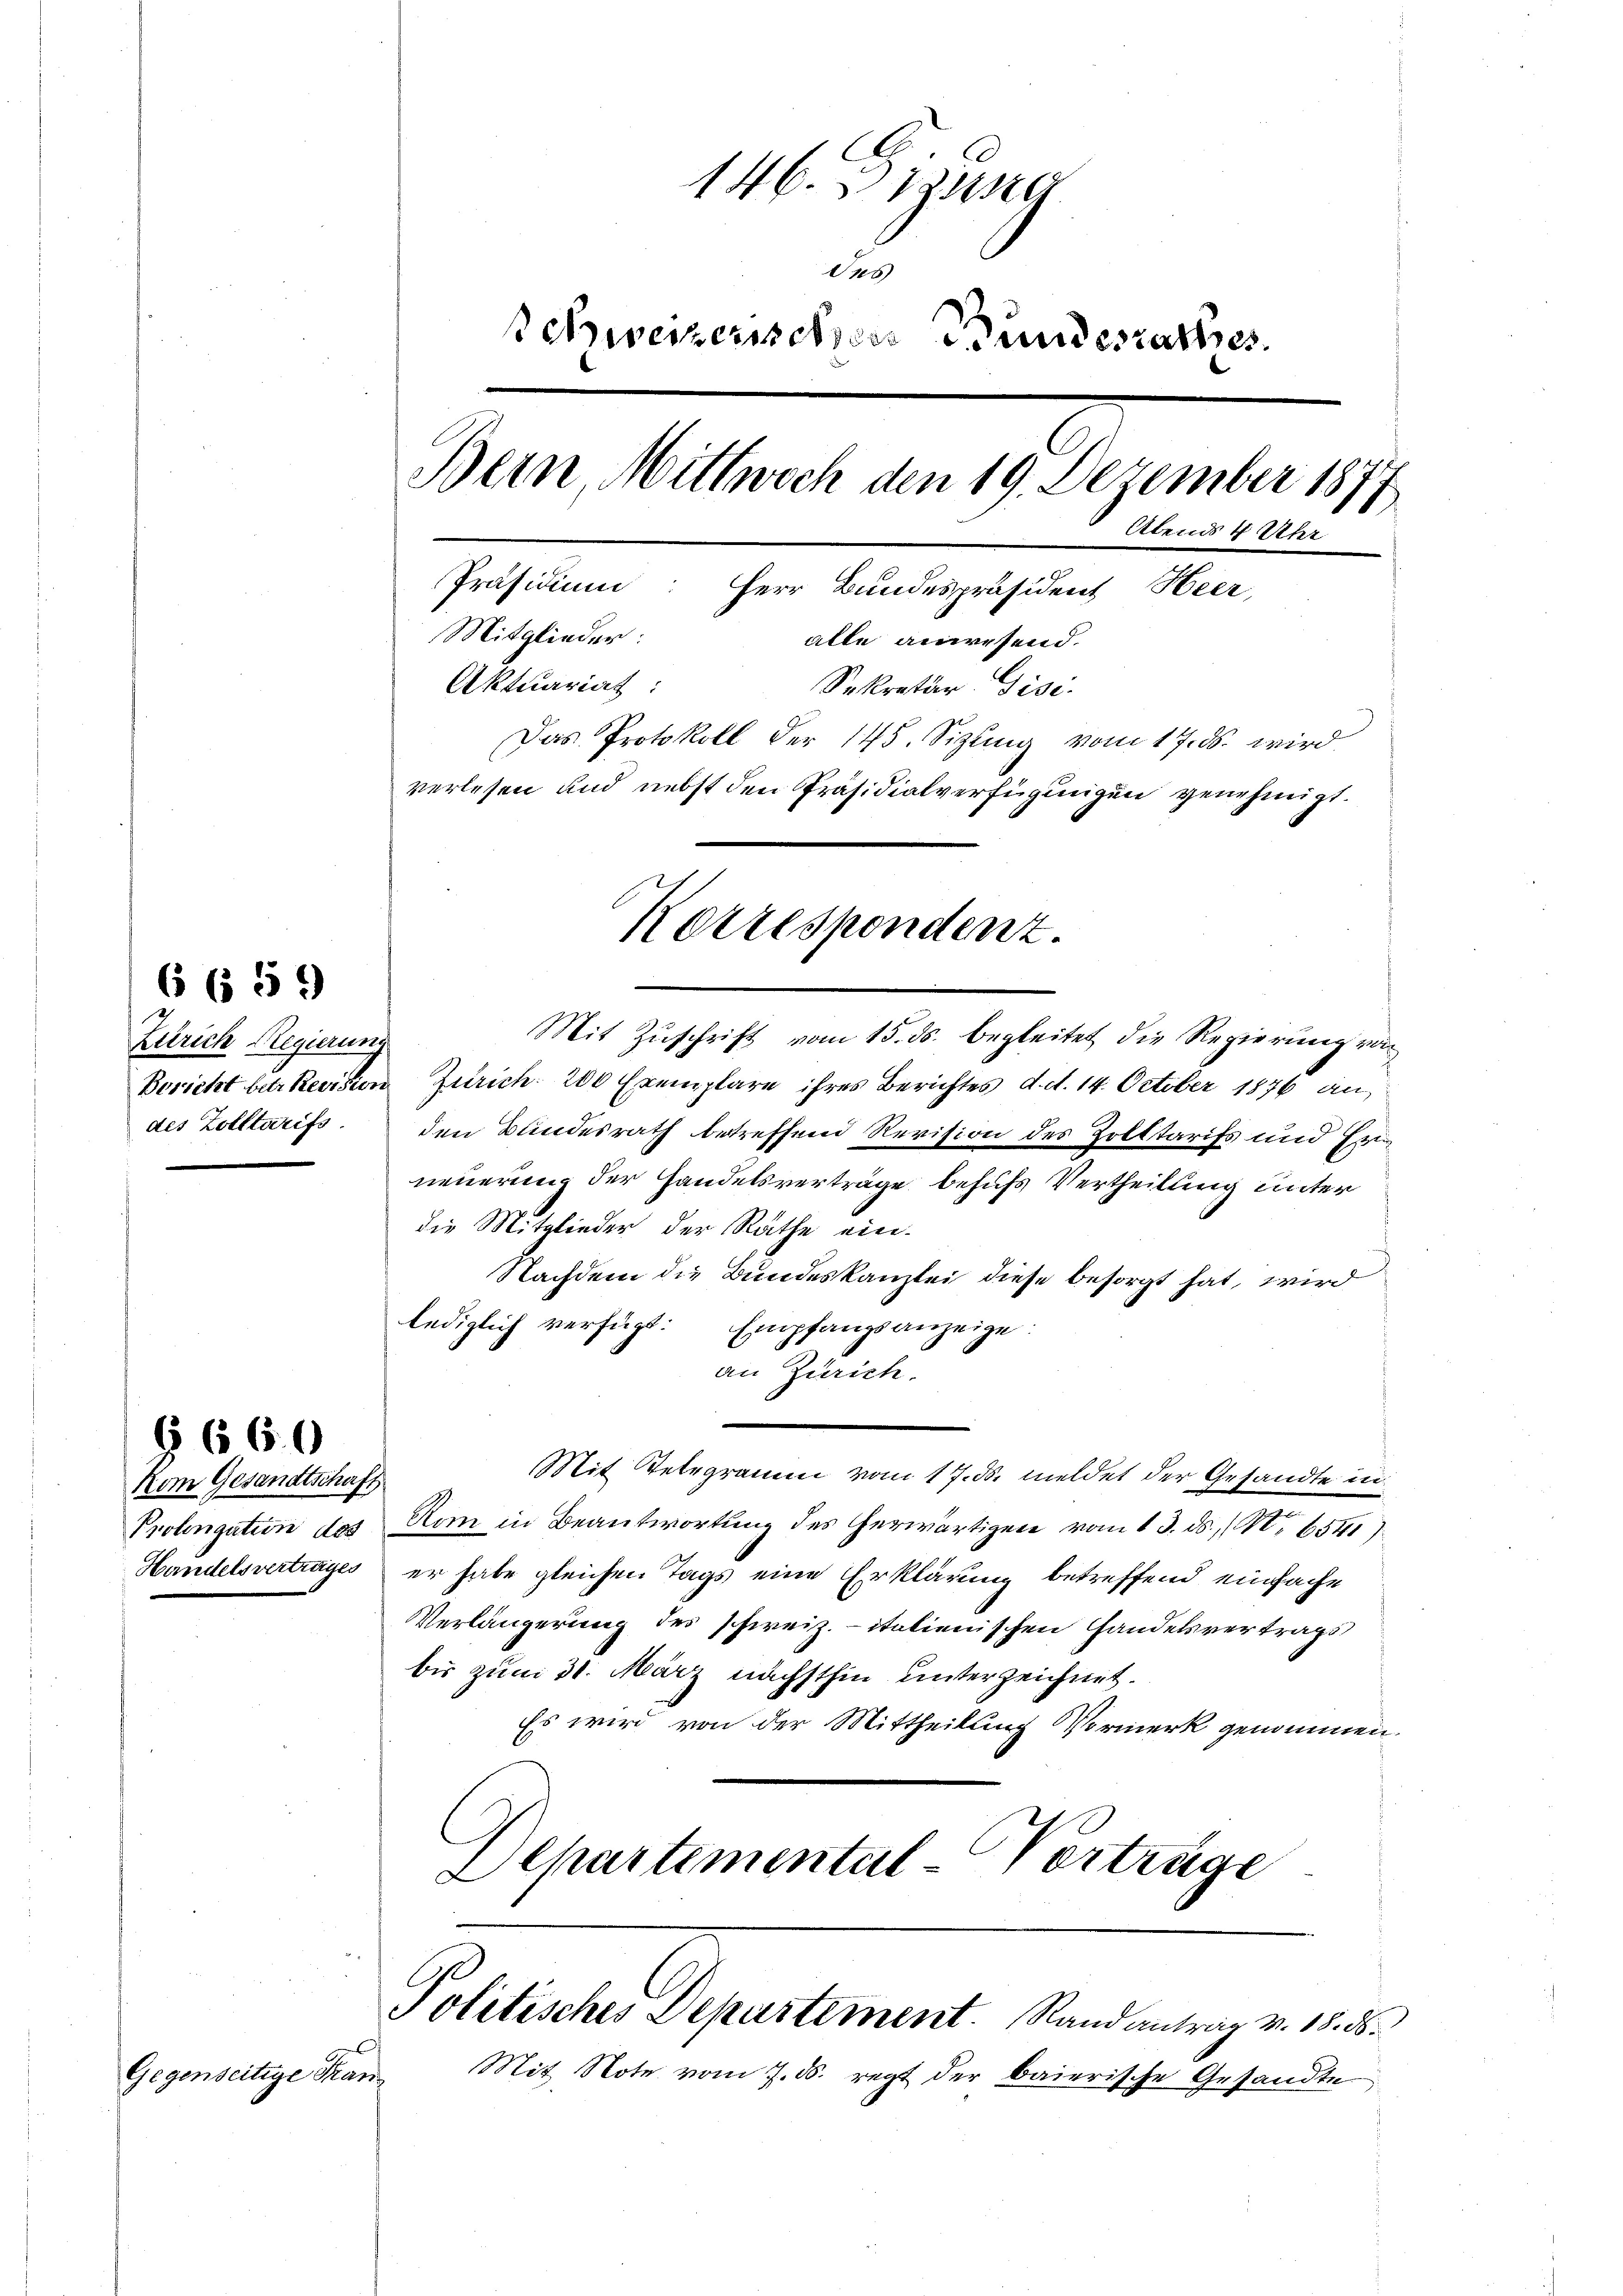
Zürich Regierung

)
6 (56

Nom Gesandtschaft

§ 660

Gegenseitige Fran

146. Diese
des
Schweizerischer Bundesrathes.
Bern, Mittwoch den 19. Dezember 1877
Abends 4 Uhr
Präsidium: Herr Bundespräsident Heer,
Mitglieder:
alle anwesend.
Aktuariat:
Sekretär Gisi¬
Das Protokoll der 145. Sizting vom 17. ds. wird
verlesen und nebst den Präsidialverfügungen genehmigt.

Mit Zŭschrift vom 15. ds. begleitet die Regierung von
Bericht betr. Revision Zürich 200 Exemplare ihres Berichtes d. d. 14. October 1876 an
des Zolltarifs. den Bundesrath betreffend Revision des Zolttarifs und Erneuerung der Handelsverträge behufs Vertheilung unter
die Mitglieder der Rathe ein-
Nachdem die Bundeskanzlei diese besorgt hat, wird
lediglich verfügt: Empfangsanzeige:
an Zürich.
Mit Telegramm vom 17. ds. meldet der Gesandte in
Prolongatin des Rom in Beantwortung des herwärtigen vom 13. ds. (N. 654
Handelsvertrages er habe gleichen Tags eine Erklärung betreffend einfache
Verlängerung des schweiz. italienischen Handelsvertrags
bis zum 31. März nächsthin unterzeichnet.
Es wird von der Mittheilung Vormerk genommen.
Departemental-Vortrüge

Korrespondenz.

Politisches Departement. Sand antrag v. 18. ds.

Mit Note vom 7. ds. regt der baierische Gesandte